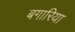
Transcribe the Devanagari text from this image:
बगारिया